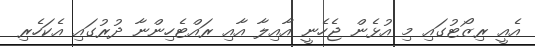
އެއީ ރިޒޯޓުގައި މި އުޅެން ޖެހެނީ އާއިލާ އާއި ރައްޓެހިންނާ ދުރުގައި އެކަހެރި